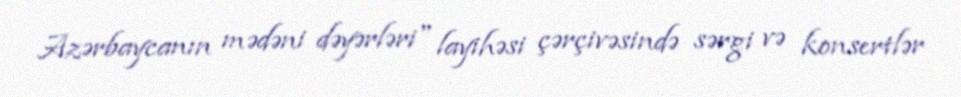
Azərbaycanın mədəni dəyərləri" layihəsi çərçivəsində sərgi və konsertlər